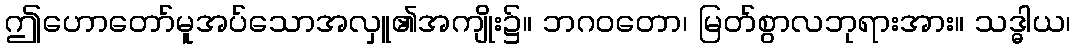
ဤဟောတော်မူအပ်သောအလှူ၏အကျိုး၌။ ဘဂဝတော၊ မြတ်စွာလဘုရားအား။ သဒ္ဓါယ၊